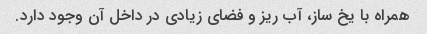
همراه با یخ ساز، آب ریز و فضای زیادی در داخل آن وجود دارد.